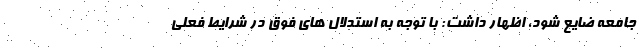
جامعه ضایع شود، اظهار داشت: با توجه به استدلال های فوق در شرایط فعلی